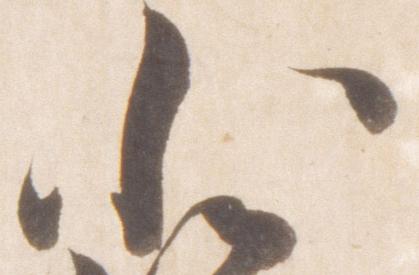
小